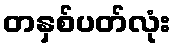
တနှစ်ပတ်လုံး